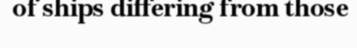
of ships differing from those